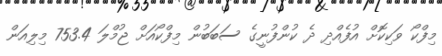
މިފްކޯ ވަކިކޮށް އުފެއްދި ދެ ކުންފުނީގެ ސަބަބުން މިފްކޯއަށް ޖުމްލަ 753.4 މިލިއަން